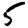
Digit: 5